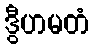
ဒွီဟမတံ